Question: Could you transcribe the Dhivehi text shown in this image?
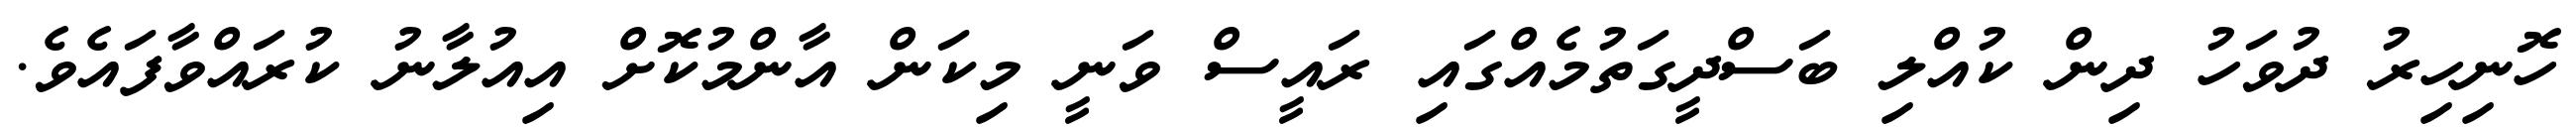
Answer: ހޮނިހިރު ދުވަހު ދިން ކުއްލި ބަސްދީގަތުމެއްގައި ރައީސް ވަނީ މިކަން އާންމުކޮށް އިއުލާނު ކުރައްވާފައެވެ.